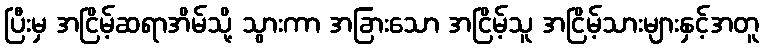
ပြီးမှ အငြိမ့်ဆရာအိမ်သို့ သွားကာ အခြားသော အငြိမ့်သူ အငြိမ့်သားများနှင့်အတူ